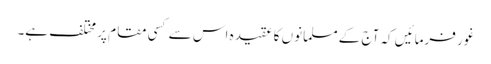
غور فرمائیں کہ آج کے مسلمانوں کا عقیدہ اس سے کسی مقام پر مختلف ہے۔